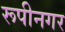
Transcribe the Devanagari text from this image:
रूपीनगर